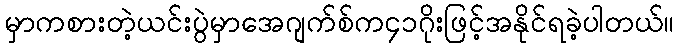
မှာကစားတဲ့ယင်းပွဲမှာအေဂျက်စ်က၄၁ဂိုးဖြင့်အနိုင်ရခဲ့ပါတယ်။